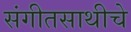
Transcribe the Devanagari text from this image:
संगीतसाथीचे